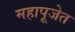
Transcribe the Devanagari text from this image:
महापूजेत